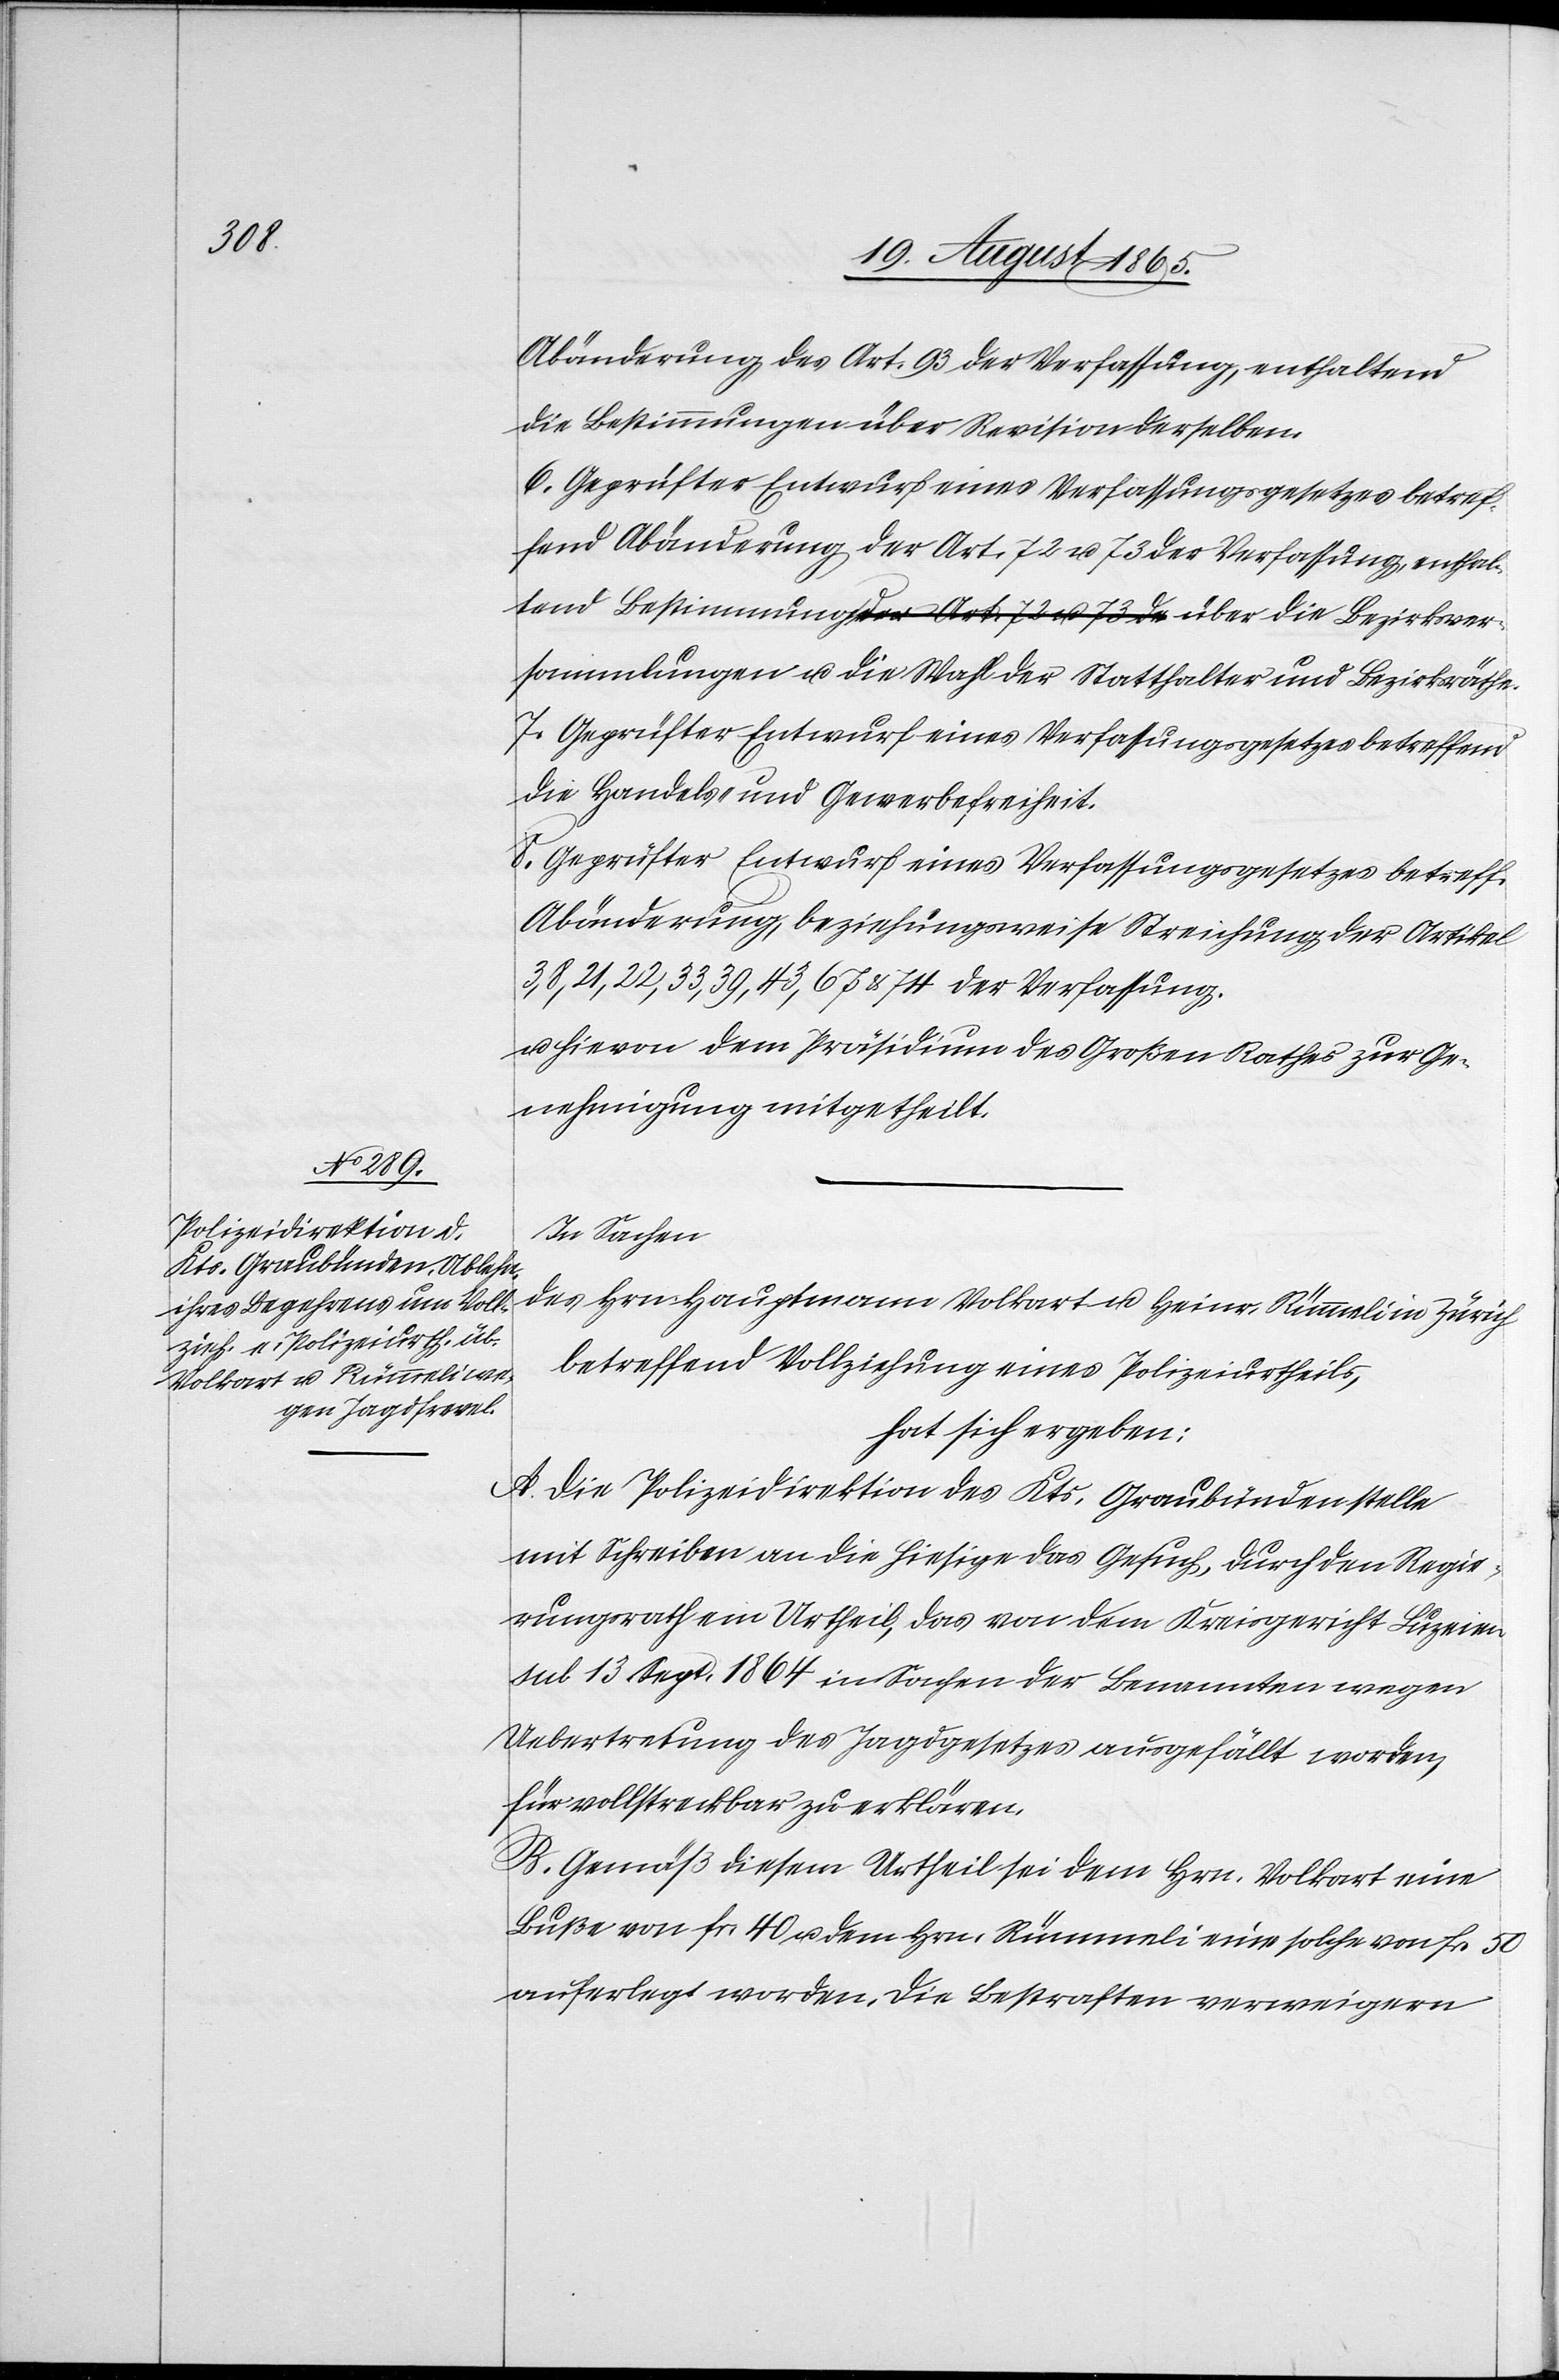
Abänderung des Art. 93 der Verfassung, enthaltend
die Bestimmungen über Revision derselben.
6. Geprüfter Entwurf eines Verfassungsgesetzes betref¬
fend Abänderung der Art. 72 u. 73 der Verfassung, enthal¬
tend Bestimmung a-der Art. 72 u. 73 de-a über die Bezirksver¬
sammlungen u. die Wahl der Statthalter und Bezirksräthe.
7. Geprüfter Entwurf eines Verfassungsgesetzes betreffend
die Handels- und Gewerbefreiheit.
8. Geprüfter Entwurf eines Verfassungsgesetzes betreff.
Abänderung, beziehungsweise Streichung der Artikel
3, 8, 21, 22, 33, 39, 43, 67 u. 74 der Verfassung.
u. hievon dem Präsidium des Großen Rathes zur Ge¬
nehmigung mitgetheilt.
In Sachen
des Hrn. Hauptmann Volkart u. Heinr. Rümmeli in Zürich
betreffend Vollziehung eines Polizeiurtheils,
hat sich ergeben:
A. Die Polizeidirektion des Kts. Graubünden stelle
mit Schreiben an die hiesige das Gesuch, durch den Regie¬
rungsrath ein Urtheil, das von dem Kreisgericht Luzern
sub 13 Sept. 1864 in Sachen der Benannten wegen
Uebertretung des Jagdgesetzes ausgefällt worden,
für vollstreckbar zu erklären.
B. Gemäß diesem Urtheil sei dem Hrn. Volkart eine
Buße von fr. 40 u. dem Hrn. Rümmeli eine solche von fr. 50
auferlegt worden. Die Bestraften verweigern